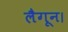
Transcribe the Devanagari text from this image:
लैगून।